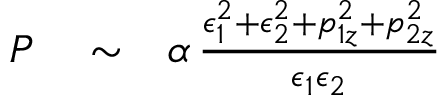
\begin{array} { r l r } { P } & { { } \sim } & { \alpha \, { \frac { \epsilon _ { 1 } ^ { 2 } + \epsilon _ { 2 } ^ { 2 } + p _ { 1 z } ^ { 2 } + p _ { 2 z } ^ { 2 } } { \epsilon _ { 1 } \epsilon _ { 2 } } } } \end{array}